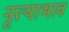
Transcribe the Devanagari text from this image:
नृत्याभाव